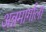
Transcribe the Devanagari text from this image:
अन्नमार्गाला